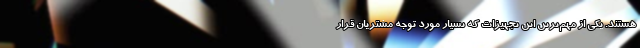
هستند. یکی از مهم‌ترین این تجهیزات که بسیار مورد توجه مشتریان قرار